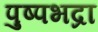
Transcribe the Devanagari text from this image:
पुष्पभद्रा